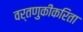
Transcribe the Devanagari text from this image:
वर्तणुकीकरिता